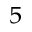
^ 5